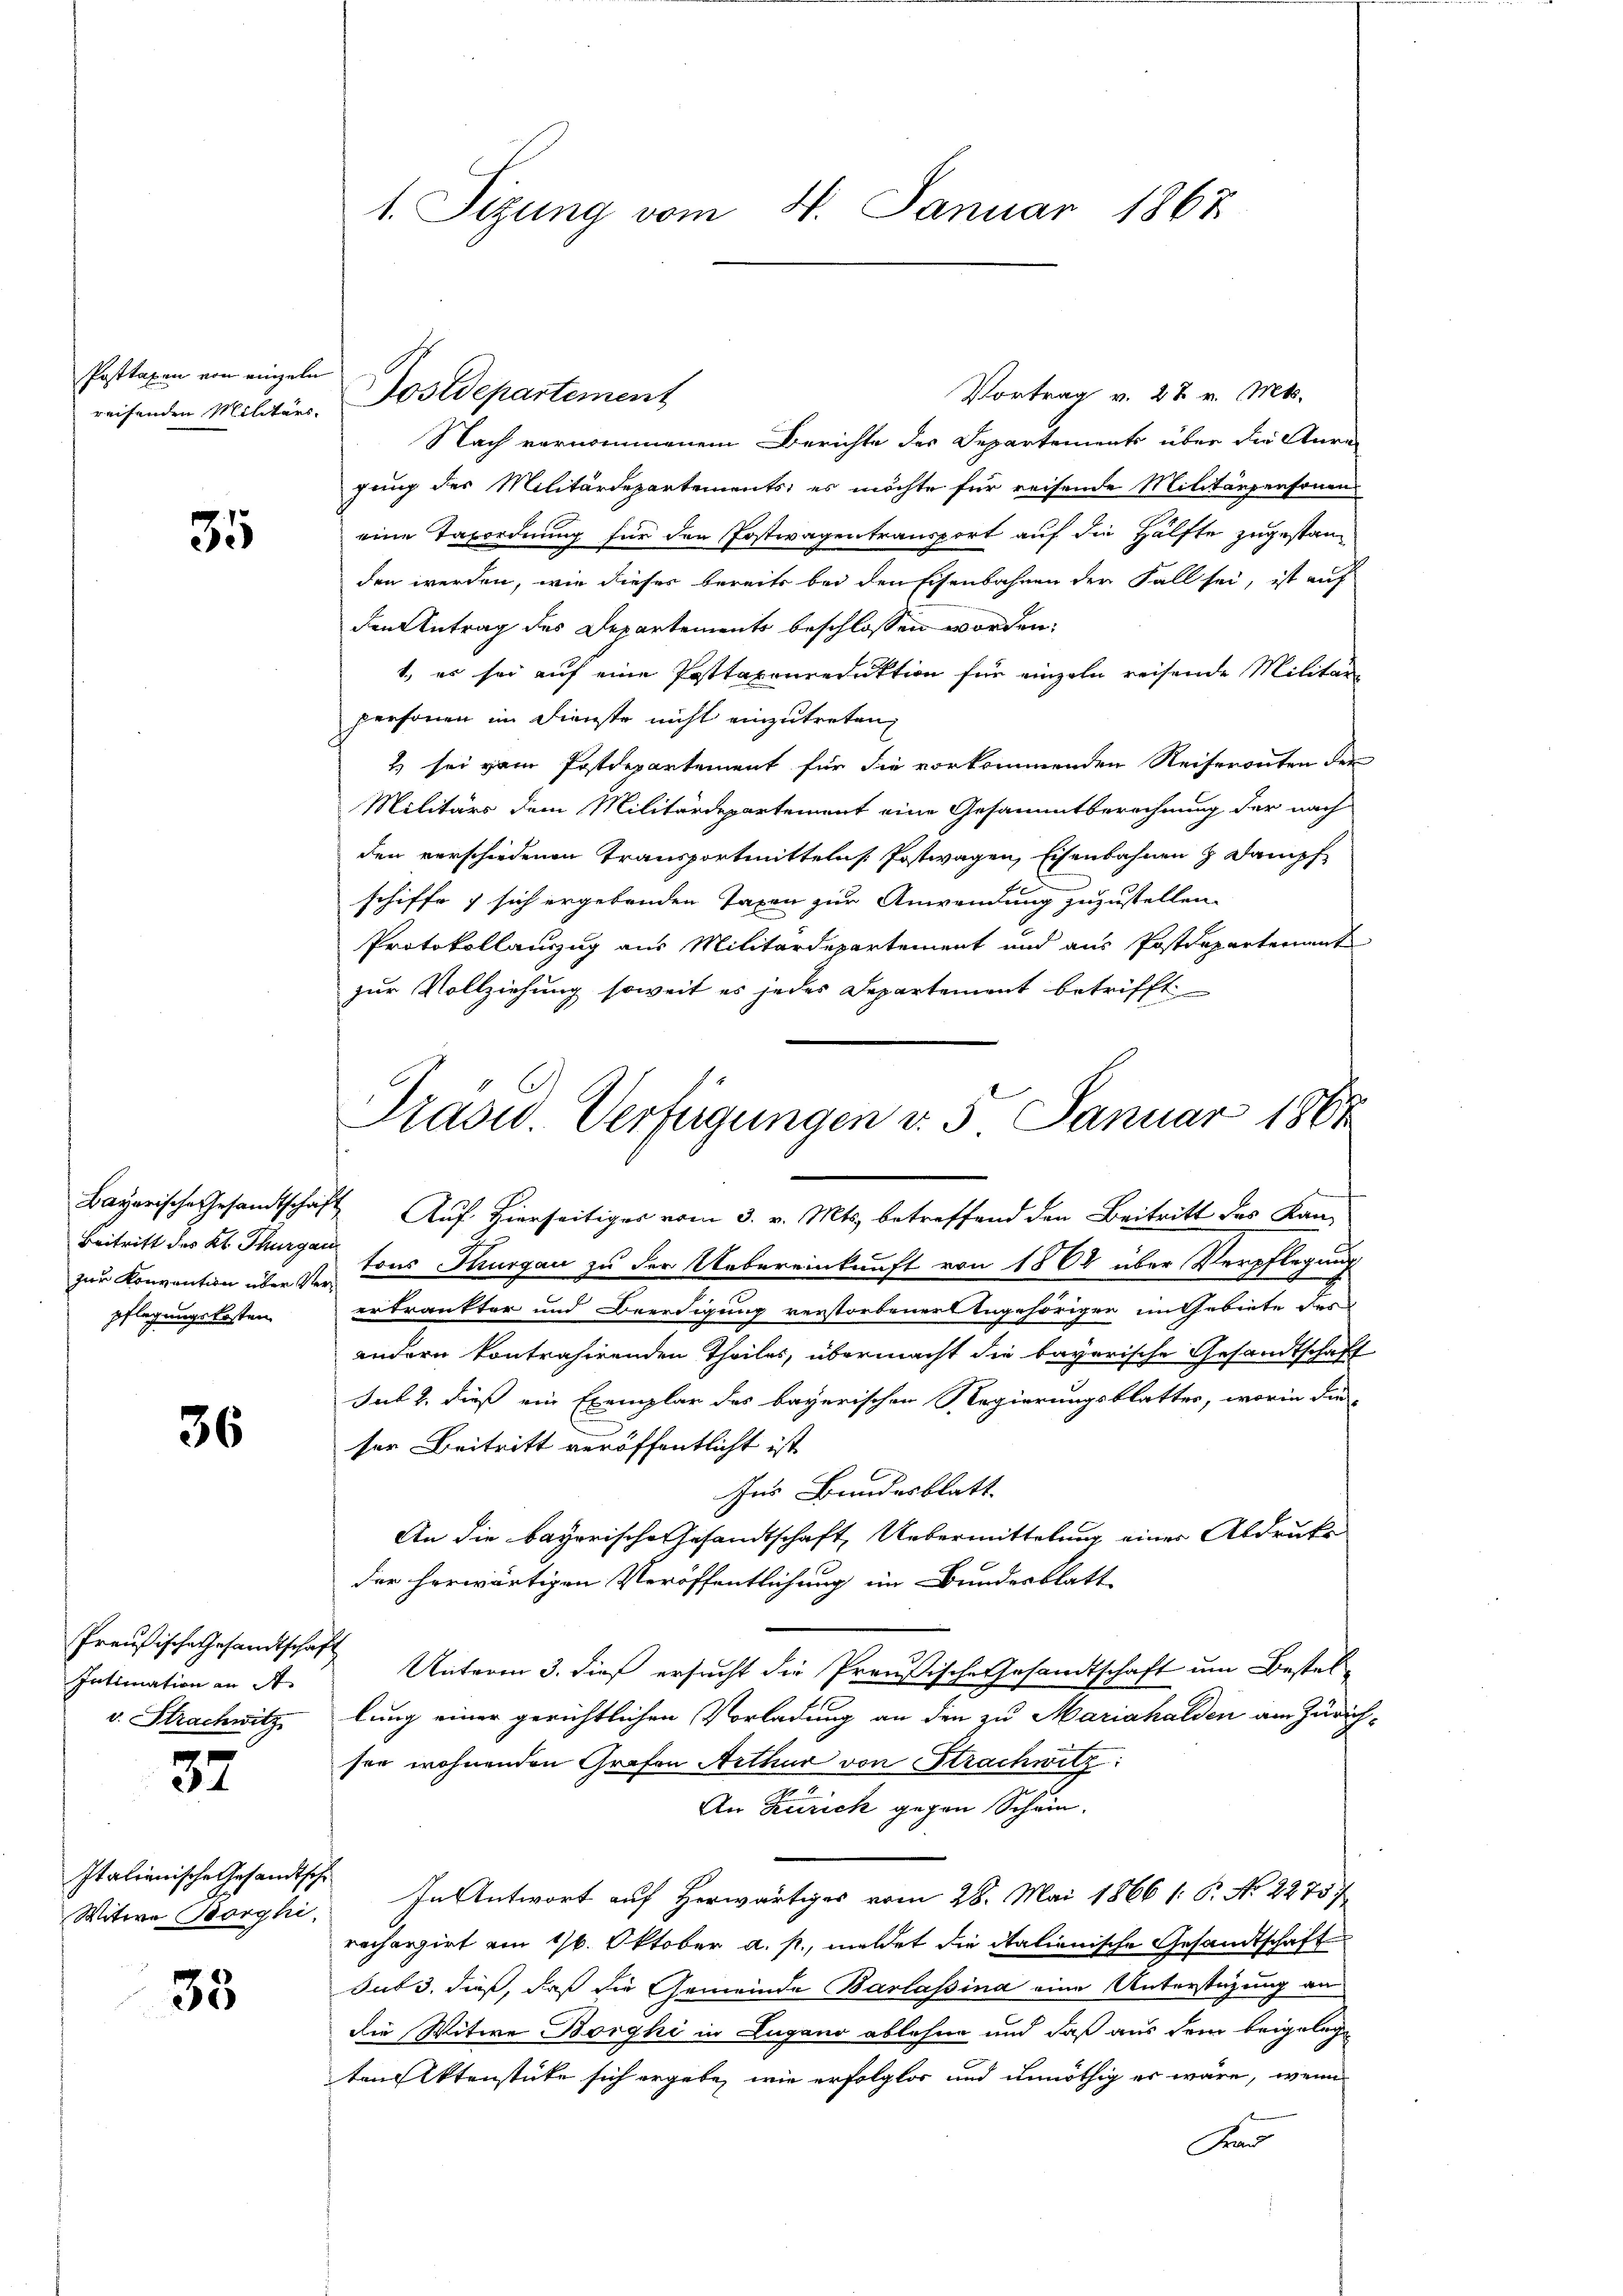
Posttaxen von einzeln
reifenden Militärs.

35

Beitritt des Kt. Thurgau
pflegungskosten.

36

Preußische Gesandtschaft
Intimation an A
v. Strachwitz

37

Italienische Gesandtsche
Witwe Borghi,

35

1. Sizung vom 4. Januar 1867

Vortrag v. 28 v. Mts.
Nach vernommenem Berichte des Departements über die Anrai
gung des Militärdepartements, es möchte für reisende Militärpersonen
eine Taxordnung für den Postwagentransport auf die Hälfte zugestanden werden, wie dieses bereits bei den Eisenbahnen der Fall sei, ist auf
den Antrag des Departements beschlossen worden.
1, es sei auf eine Posttaxenreduktion für einzeln reisende Militär-
personen im Dienste nicht einzutreten,
2 sei ganz Postdepartement für die vorkommenden Reiseronten der
Militärs dem Militärdepartement eine Gesammtberechnung der nach
den verschiedenen Transportmittelns Postwagen, Eisenbahnen & Dampf
schiffe, sich ergebenden Taxen zur Anwendung zuzustellen.
Protokollauszug aus Militärdepartement und aus Postdeparterint
zur Vollziehung soweit es jedes Departement betrifft
Bayerische Gesandtschaft Auf hierseitiges vom 3. v. Mts. betreffend den Beitritt des Kanzur Konvention über de tous Thurgau zu der Uebereinkunft von 1864 über Verpflegung
erkränkter und Beerdigung verstorbener Angehörigen im Gebiete des
andern kontrahirenden Theiles, übermacht die bayerische Gesandtschaft
sub 2. dieß ein Exemplar des bayerischen Regierungsblattes, worin die
ser Beitritt veröffentlicht ist
Ins Bundesblatt.
An die bayerische Gesandtschaft Uebermittelung einer Abdruke
der herwärtigen Veröffentlichung im Bundesblatt
Unterm 3. dieß ersucht die Preußische Gesandtschaft um Bestellung einer gerichtlichen Vorladung an den zu Mariahalden am Zürich-
ser wohnenden Grafen Arthur von Strachwitz:
An Zürich gegen Schum.
In Antwort auf Herwärtiges vom 28. Mai 1866 (: P. No 22757
rechargirt am 16. Oktober a. p., meldet die italienische Gesandtschaft
subs, dieß, daß die Gemeinde Barlassina eine Unterstüzung an
die Witwe Borghi in Lugano ablehne und daß aus dem beigelege
ten Aktenstücke sich ergebe, wie erfolglos und unnöthig es wäre, wenn
F

Nostdepartement

Prasw. Verfügungen v. 5. Januar 1861